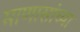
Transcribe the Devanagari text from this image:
माणासांच्या